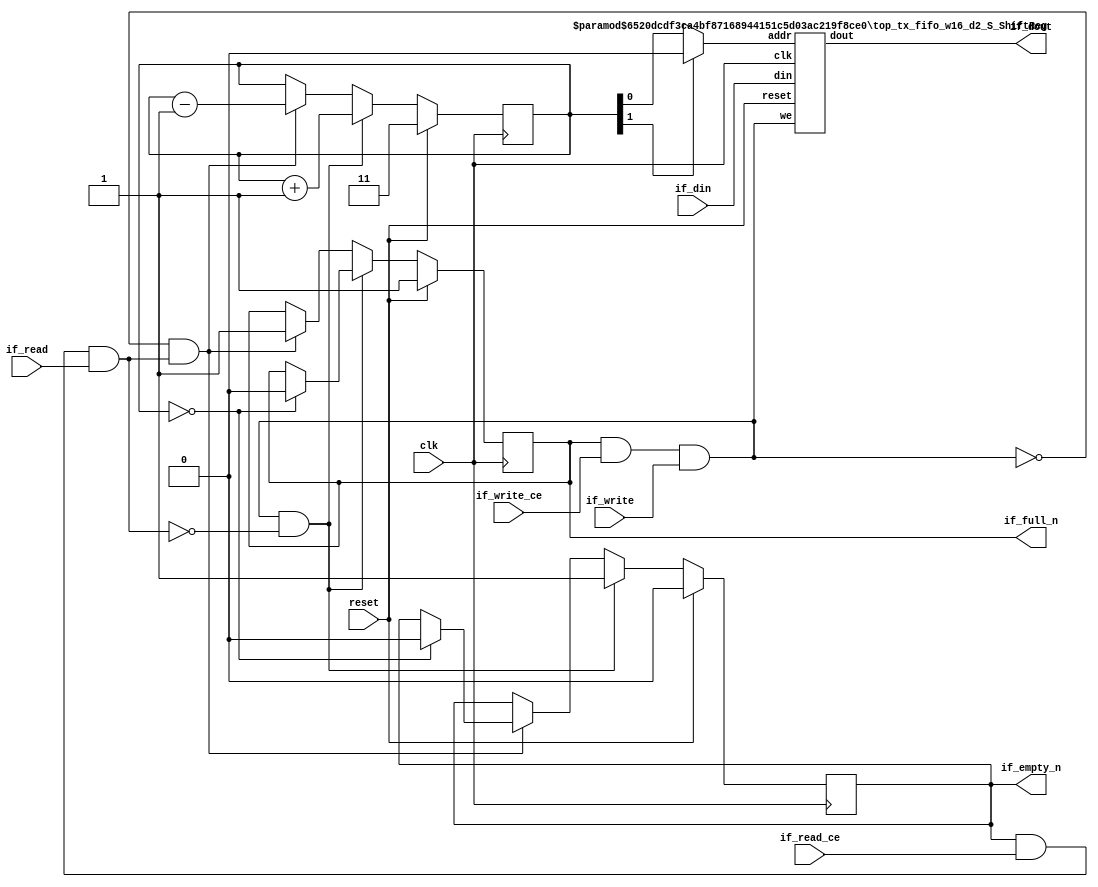
// ==============================================================
// Generated by Vitis HLS v2023.1
// Copyright 1986-2022 Xilinx, Inc. All Rights Reserved.
// Copyright 2022-2023 Advanced Micro Devices, Inc. All Rights Reserved.
// ==============================================================
// 67d7842dbbe25473c3c32b93c0da8047785f30d78e8a024de1b57352245f9689

`timescale 1 ns / 1 ps


module top_tx_fifo_w16_d2_S
#(parameter
    MEM_STYLE   = "shiftReg",
    DATA_WIDTH  = 16,
    ADDR_WIDTH  = 1,
    DEPTH       = 2)
(
    // system signal
    input  wire                  clk,
    input  wire                  reset,

    // write
    output wire                  if_full_n,
    input  wire                  if_write_ce,
    input  wire                  if_write,
    input  wire [DATA_WIDTH-1:0] if_din,
    
    // read 
    output wire                  if_empty_n,
    input  wire                  if_read_ce,
    input  wire                  if_read,
    output wire [DATA_WIDTH-1:0] if_dout
);
//------------------------Parameter----------------------

//------------------------Local signal-------------------
    wire [ADDR_WIDTH-1:0]     addr;
    wire                      push;
    wire                      pop;
    reg signed [ADDR_WIDTH:0] mOutPtr;
    reg                       empty_n = 1'b0;
    reg                       full_n  = 1'b1;
    // with almost full?  no 
    // has output register?  no 
//------------------------Instantiation------------------
    top_tx_fifo_w16_d2_S_ShiftReg 
    #(  .DATA_WIDTH (DATA_WIDTH),
        .ADDR_WIDTH (ADDR_WIDTH),
        .DEPTH      (DEPTH))
    U_top_tx_fifo_w16_d2_S_ShiftReg (
        .clk        (clk),
        .reset      (reset),
        .we         (push),
        .addr       (addr),
        .din        (if_din),
        .dout       (if_dout)
    );
//------------------------Task and function--------------

//------------------------Body---------------------------
    // has num_data_valid ?  no 

    // has almost full ? 
    assign if_full_n  = full_n; //no 
    assign push       = full_n & if_write_ce & if_write;

    // has output register? 
    assign if_empty_n = empty_n;  // no
    assign pop        = empty_n & if_read_ce & if_read; // no 

    assign addr       = mOutPtr[ADDR_WIDTH] == 1'b0 ? mOutPtr[ADDR_WIDTH-1:0] : {ADDR_WIDTH{1'b0}};

    // mOutPtr
    always @(posedge clk) begin
        if (reset == 1'b1)
            mOutPtr <= {ADDR_WIDTH+1{1'b1}};
        else if (push & ~pop)
            mOutPtr <= mOutPtr + 1'b1;
        else if (~push & pop)
            mOutPtr <= mOutPtr - 1'b1;
    end

    // full_n
    always @(posedge clk) begin
        if (reset == 1'b1)
            full_n <= 1'b1;
        else if (push & ~pop) begin
            if (mOutPtr == DEPTH - 2)
                full_n <= 1'b0;
        end
        else if (~push & pop)
            full_n <= 1'b1;
    end

    // almost_full_n 

    // empty_n
    always @(posedge clk) begin
        if (reset == 1'b1)
            empty_n <= 1'b0;
        else if (push & ~pop)
            empty_n <= 1'b1;
        else if (~push & pop) begin
            if (mOutPtr == 0)
                empty_n <= 1'b0;
        end
    end
 
    // num_data_valid 

    // dout_vld 

endmodule  


module top_tx_fifo_w16_d2_S_ShiftReg
#(parameter
    DATA_WIDTH  = 16,
    ADDR_WIDTH  = 1,
    DEPTH       = 2)
(
    input  wire                  clk,
    input  wire                  reset,
    input  wire                  we,
    input  wire [ADDR_WIDTH-1:0] addr,
    input  wire [DATA_WIDTH-1:0] din,
    //output register? 
    output wire [DATA_WIDTH-1:0] dout // no 
);

    reg [DATA_WIDTH-1:0] SRL_SIG [0:DEPTH-1];
    integer i;

    always @ (posedge clk) begin
        if (we) begin
            for (i=0; i<DEPTH-1; i=i+1)
                SRL_SIG[i+1] <= SRL_SIG[i];
            SRL_SIG[0] <= din;
        end
    end

    //read from SRL, output register? 
    assign dout = SRL_SIG[addr];// no 

endmodule